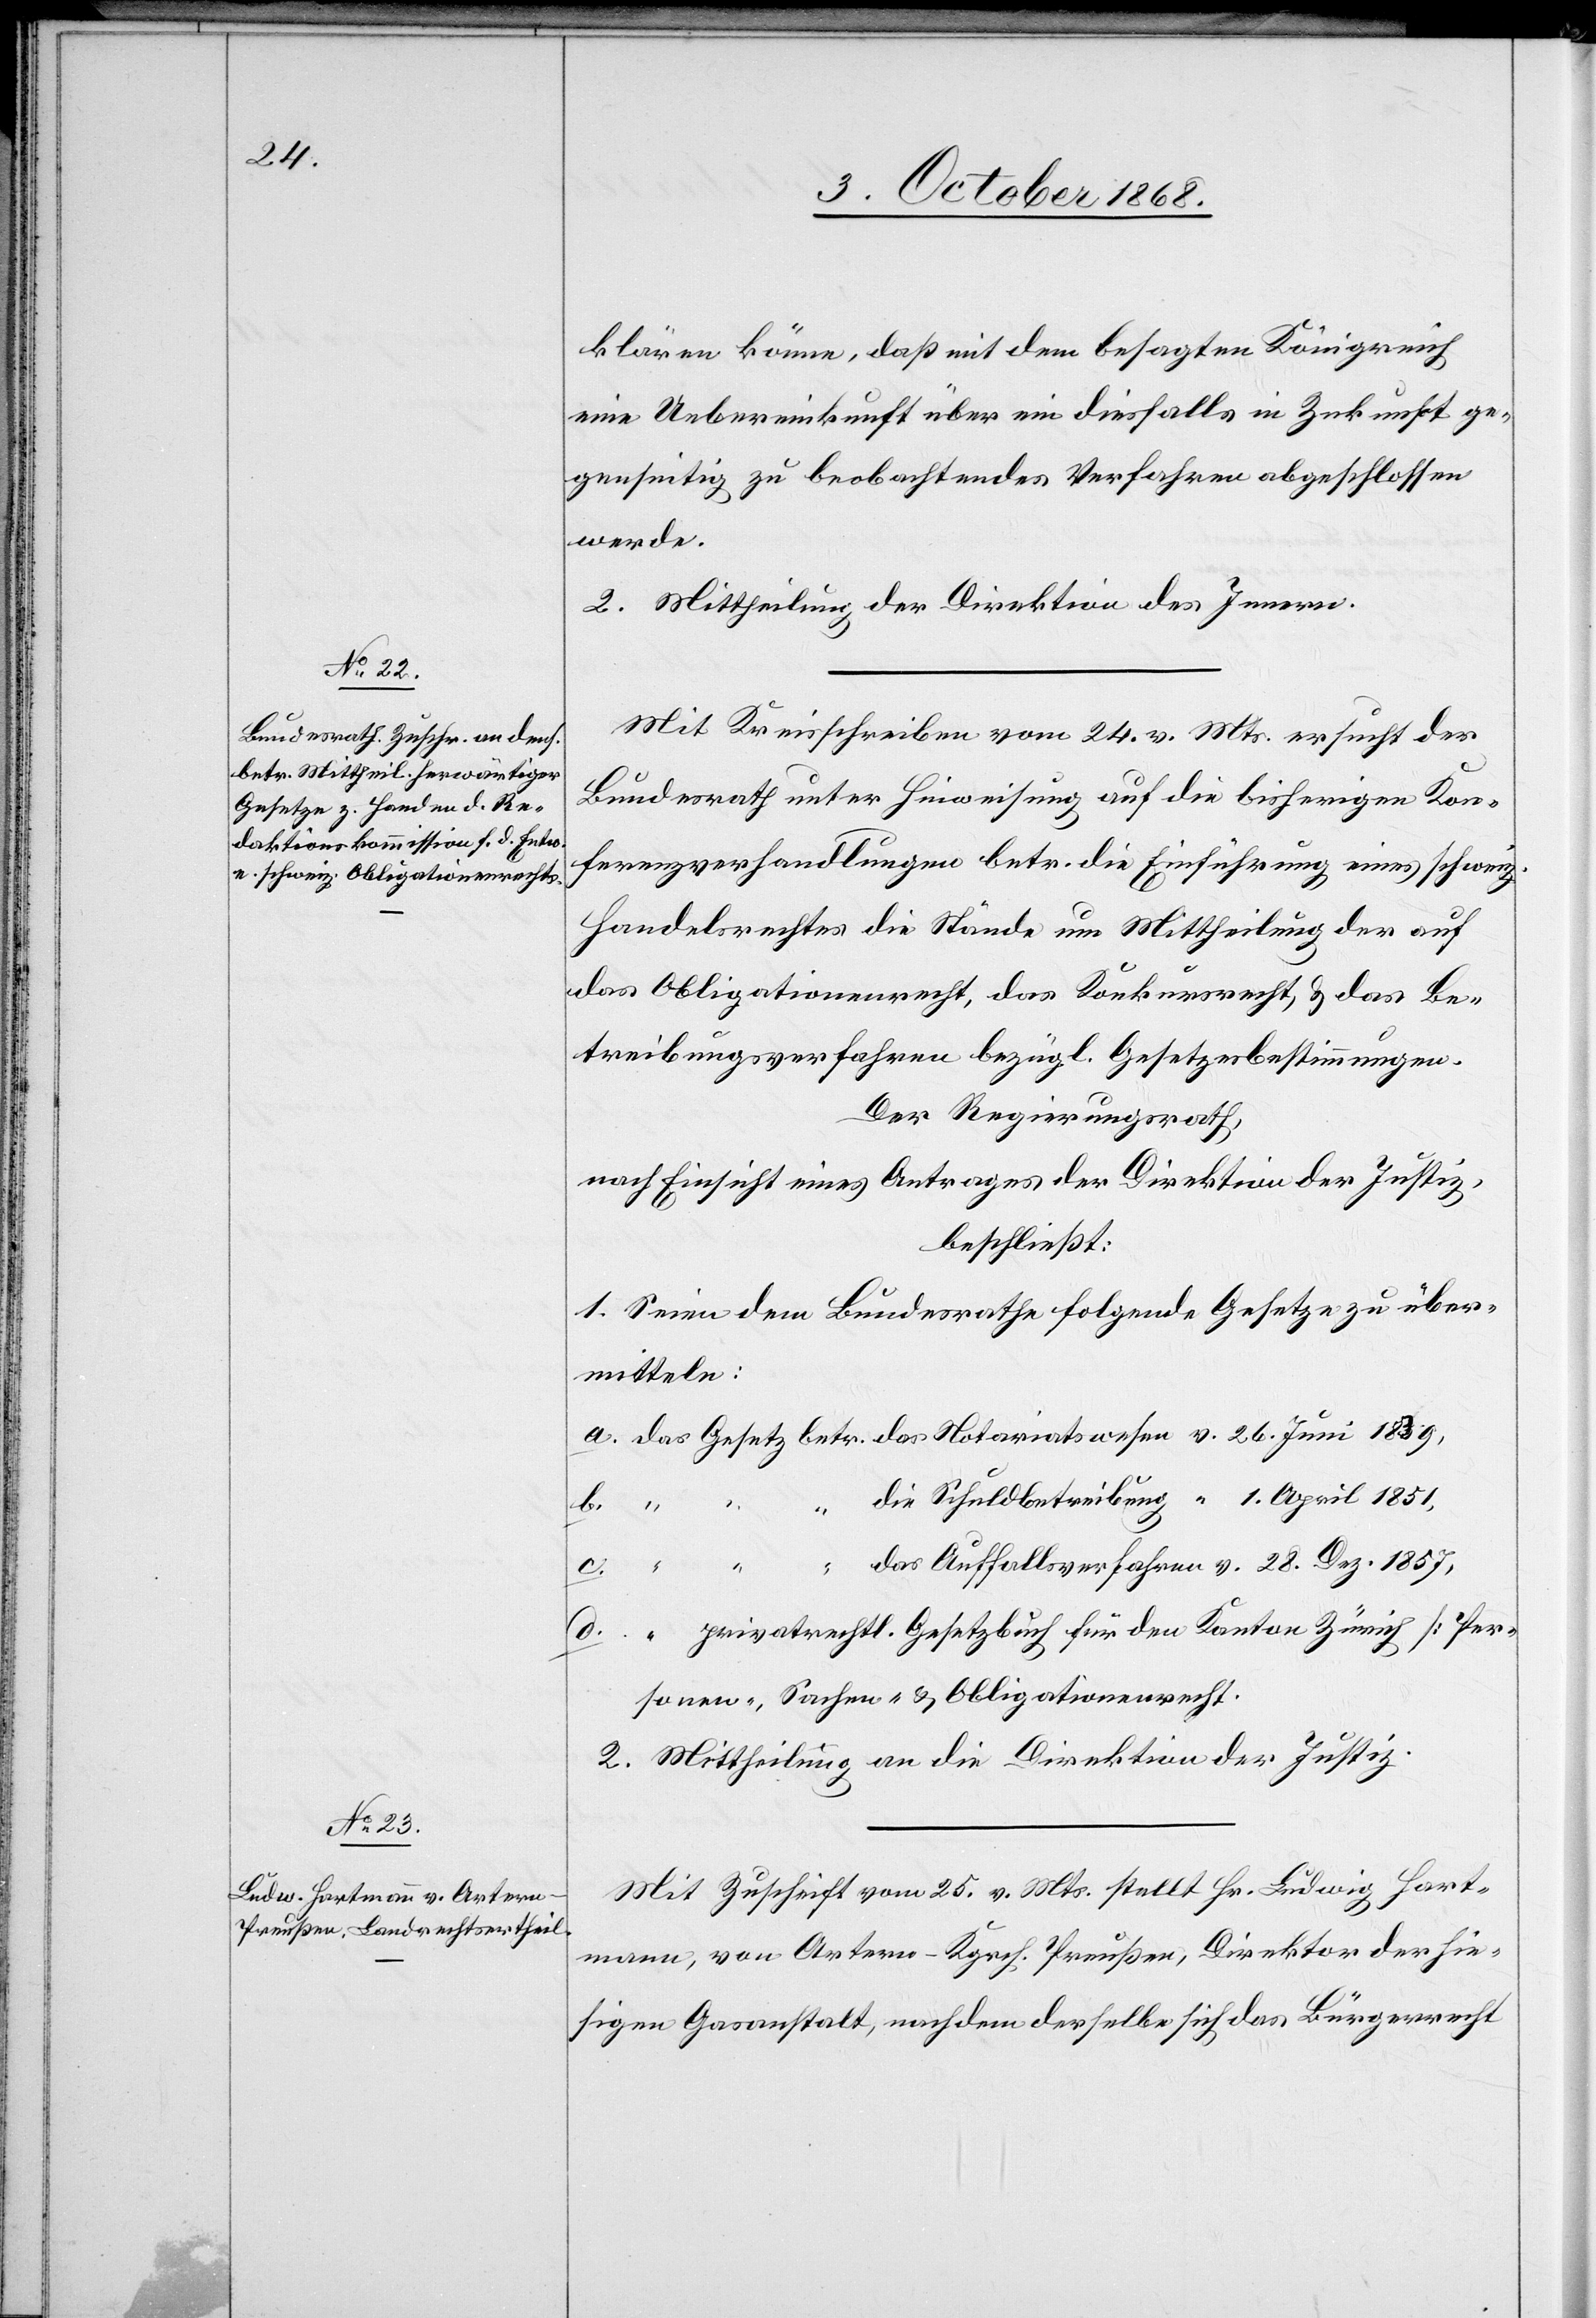
klären könne, daß mit dem besagten Königreich
eine Uebereinkunft über ein diesfalls in Zukunft ge¬
genseitig zu beobachtendes Verfahren abgeschlossen
werde.
2. Mittheilung der Direktion des Innern.
Mit Kreisschreiben vom 24. v. Mts. ersucht der
Bundesrath unter Hinweisung auf die bisherigen Kon¬
ferenzverhandlungen betr. die Einführung eines schweiz.
Handelsrechtes die Stände um Mittheilung der auf
das Obligationenrecht, das Konkursrecht, & das Be¬
treibungsverfahren bezügl. Gesetzesbestimmungen.
Der Regierungsrath,
nach Einsicht eines Antrages der Direktion der Justiz,
beschließt:
1. Seien dem Bundesrathe folgende Gesetze zu über¬
mitteln:
Das Gesetz betr. das Notariatswesen v. 26. Juni 18[?3]9
“ “ die Schuldbetreibung [v.] 1. April 1851,
c.
“ “ “ das Auffallsverfahren v. 28. Dez. 1857,
“ privatrechtl. Gesetzbuch für den Kanton Zürich [Per¬
sonen-, Sachen- & Obligationenrecht[]]
2. Mittheilung an die Direktion der Justiz.
Mit Zuschrift vom 25. v. Mts. stellt Hr. Ludwig Hart¬
mann, von Artern - Kgrch. Preußen, Direktor der hie¬
sigen Gasanstalt, nachdem derselbe sich das Bürgerrecht